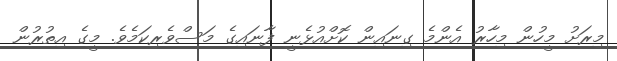
މިރަށު މީހުން މިހާރު އެންމެ ގިނައިން ކޮށްއުޅެނީ ފާނައިގެ މަސްވެރިކަމެވެ. މީގެ އިތުރުން